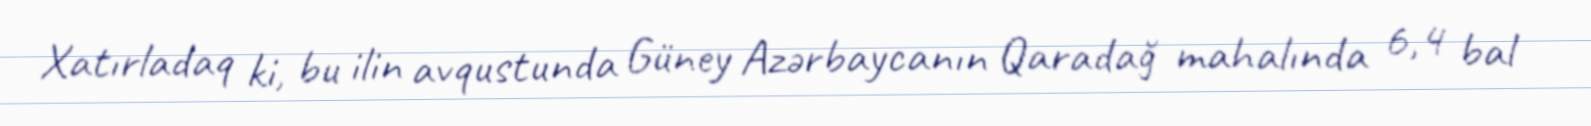
Xatırladaq ki, bu ilin avqustunda Güney Azərbaycanın Qaradağ mahalında 6,4 bal